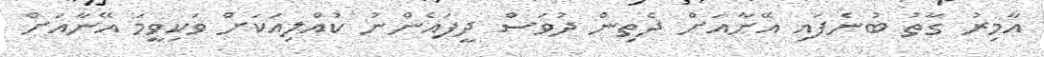
އާމިރު ގާތު ބުނެފައި އޭނާއަށް ދެތިން ދުވަސް ދީފައެންނު ކުއްލިއަކަށް ވަކިވީމަ އޭނާއަށް